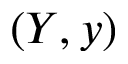
( Y , y )